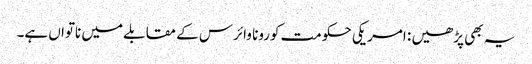
یہ بھی پڑھیں : امریکی حکومت کورونا وائرس کے مقابلے میں ناتواں ہے۔